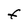
Character: F